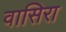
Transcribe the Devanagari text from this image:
वासिरा